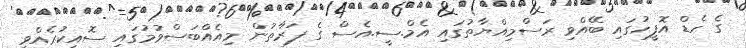
ގެ ހެޑް އޮފީހުގައި ބޭއްވި ރަސްމިއްޔާތުގައި އެމް.ސީ.އެސް ގެ ފަރާތުން މިއެއްބަސްވުމުގައި ސޮއިކުރެއްވީ